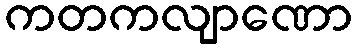
ကတကလျာဏော